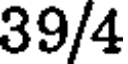
39/4